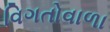
વિગતોવાળા